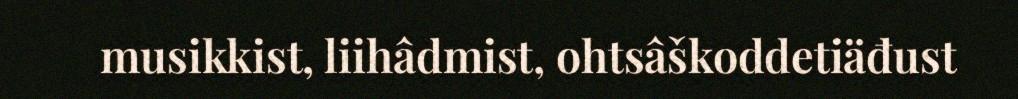
musikkist, liihâdmist, ohtsâškoddetiäđust